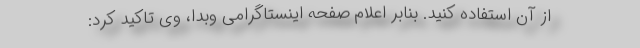
از آن استفاده کنید. بنابر اعلام صفحه اینستاگرامی وبدا، وی تاکید کرد: